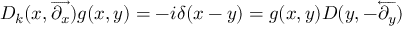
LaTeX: { \cal D } _ { k } ( x , \overrightarrow { \partial _ { x } } ) g ( x , y ) = - i \delta ( x - y ) = g ( x , y ) { \cal D } ( y , - \overleftarrow { \partial _ { y } } )